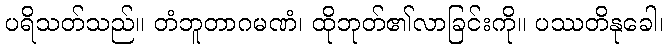
ပရိသတ်သည်။ တံဘူတာဂမဏံ၊ ထိုဘုတ်၏လာခြင်းကို။ ပဿတိနုခေါ၊